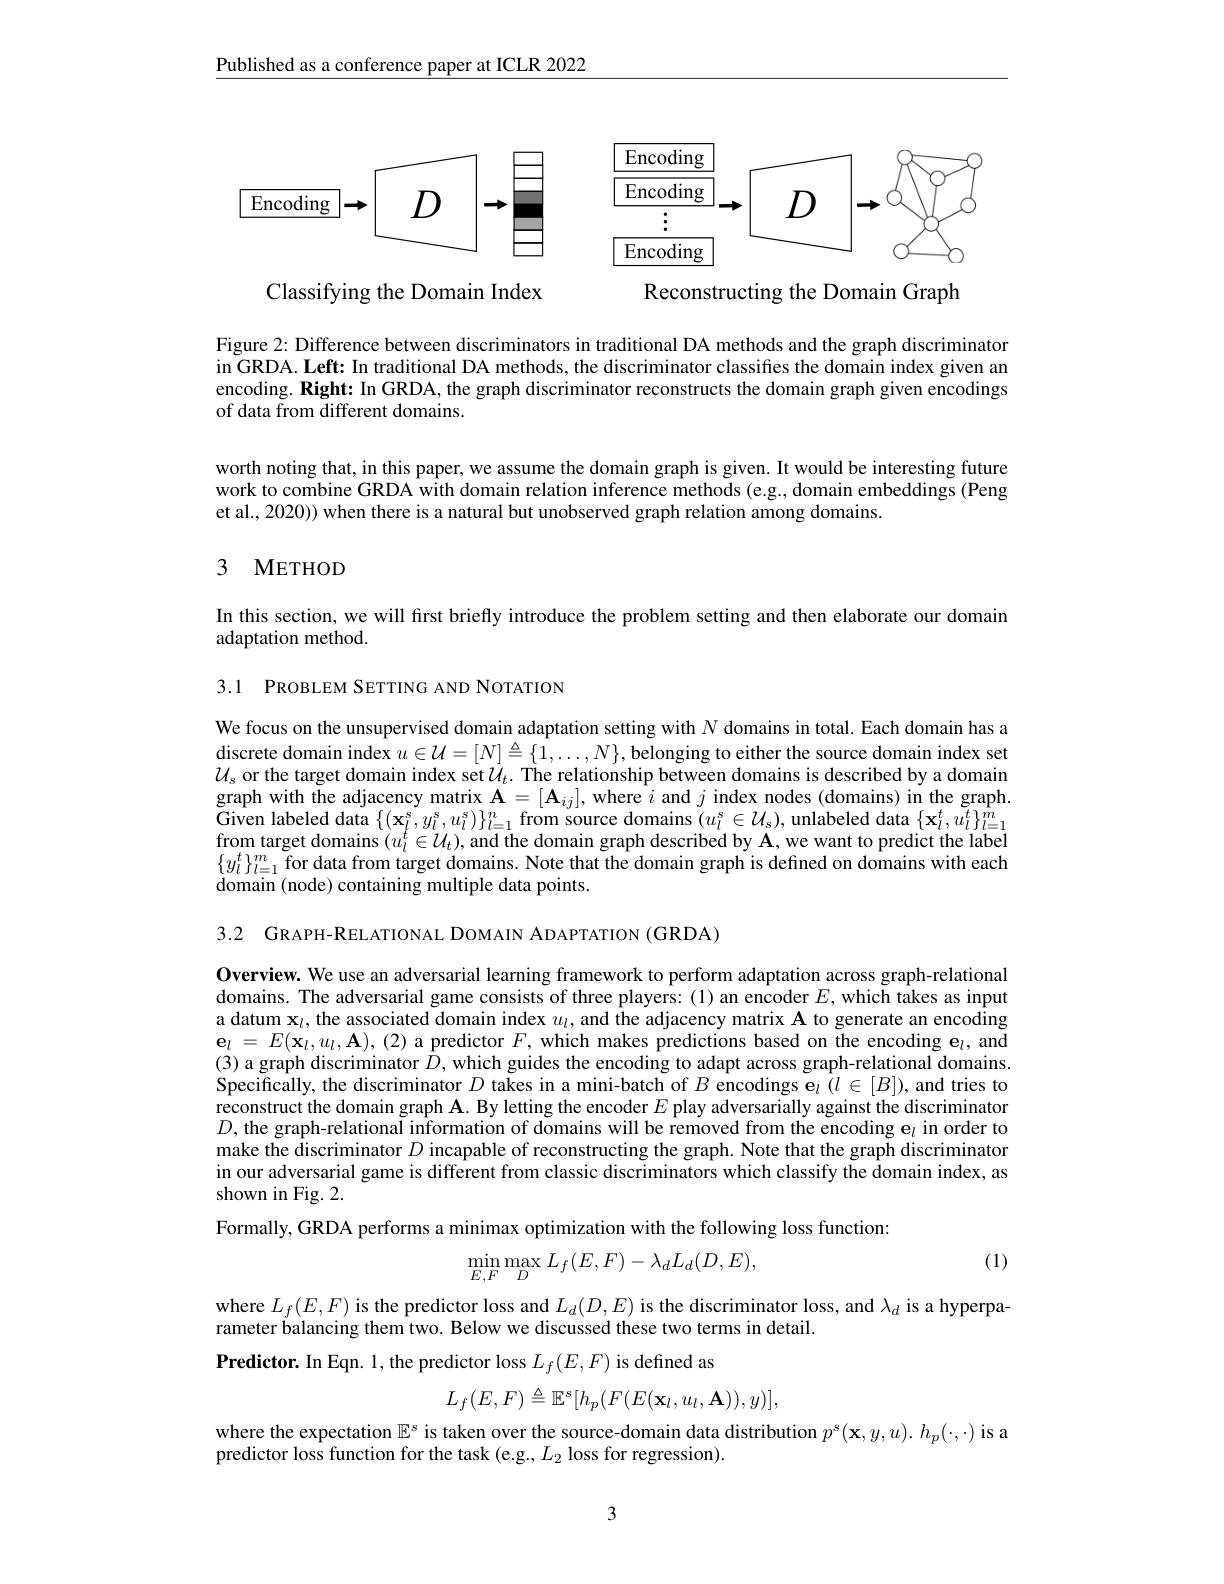
Published as a conference paper at ICLR 2022

<FigureHere>

Classifying the Domain Index

Reconstructing the Domain Graph

Figure 2: Difference between discriminators in traditional DA methods and the graph discriminator in GRDA. Left: In traditional DA methods, the discriminator classifies the domain index given an encoding. Right: In GRDA, the graph discriminator reconstructs the domain graph given encodings of data from $\bar{\text{different domains}}.$

worth noting that, in this paper, we assume the domain graph is given. It would be interesting future work to combine GRDA with domain relation inference methods (e.g., domain embeddings (Peng et al., 2020)) when there is a natural but unobserved graph relation among domains.

### 3 METHOD

In this section, we will first briefly introduce the problem setting and then elaborate our domain
adaptation method.

3.1 PROBLEM SETTING AND NOTATION

We focus on the unsupervised domain adaptation setting with $N$ domains in total. Each domain has a discrete domain index $u\in\mathcal{U}=[N]\triangleq\{1,\ldots,N\}$, belonging to either the source domain index set $\mathcal{U}_s$ or the target domain index set $\mathcal{U}_t.$ The relationship between domains is described by a domain graph with the adjacency matrix $\mathbf{A}=[\mathbf{A}_{ij}]$, where $i$ and $j$ index nodes (domains) in the graph. Given labeled data$\left \{ ( \mathbf{x} _{l}^{s}, y_{l}^{s}, u_{l}^{s}) \right \} _{l= 1}^{n}$from source domains$\left ( u_{l}^{s}\in \mathcal{U} _{s}\right ) $,unlabeled data$\left \{ \mathbf{x} _{l}^{t}, \tilde{u} _{l}^{t}\right \} _{l= 1}^{m}$ from tonot doming$\left ( \omega _{l}^{t}\subset \mathcal{I} \right )$ ond tha doming and dongihad bu A wont tondiot from target domains $(u_l^t\in\mathcal{U}_t)$, and the domain graph described by $\mathbf{A}$,we want to predict the label $\{y_{l}^{t}\}_{l=1}^{m}$ for data from target domains. Note that the domain graph is defined on domains with each domain ( node) containing multiple data points.

3.2 GRAPH-RELATIONAL DOMAIN ADAPTATION (GRDA)

Overview. We use an adversarial learning framework to perform adaptation across graph-relational domains. The adversarial game consists of three players: (1) an encoder $E$,which takes as input a datum $\mathbf{x}_l$, the associated domain index $u_l$, and the adjacency matrix A to generate an encoding $\mathbf{e} _{l}$ = $E( \mathbf{x} _{l}, u_{l}, \mathbf{A} ) $, (2) a predictor $F$, which makes predictions based on the encoding e$\iota$, and (3) a graph discriminator $\bar{D}$, which guides the encoding to adapt across graph-relational domains. Specifically, the discriminator $D$ takes in a mini-batch of $B$ encodings e$_l(l\in[B])$, and tries to reconstruct the domain graph $\mathbf{A}.$ By letting the encoder $E$ play adversarially against the discriminator $D$,the graph-relational information of domains will be removed from the encoding e$_l$ in order to make the discriminator $D$ incapable of reconstructing the graph. Note that the graph discriminator in our adversarial game is different from classic discriminators which classify the domain index, as shown in Fig. 2.

Formally, GRDA performs a minimax optimization with the following loss function:
$$\min\limits_{E,F}\max\limits_{D}L_{f}(E,F)-\lambda_{d}L_{d}(D,E),$$
(1)

where $L_f(E,F)$ is the predictor loss and $L_d(D,E)$ is the discriminator loss, and $\lambda_d$ is a hyperpa-
rameter balancing them two. Below we discussed these two terms in detail.
Predictor. In Eqn. 1, the predictor loss $L_f(E,F)$ is defined as
$$L_{f}(E,F)\triangleq\mathbb{E}^{s}[h_{p}(F(E(\mathbf{x}_{l},u_{l},\mathbf{A})),y)],$$
where the expectation $\mathbb{E}^s$ is taken over the source-domain data distribution $p^\mathrm{s} ( \mathbf{x} , y, u) . h_p( \cdot , \cdot )$ is a
predictor loss function for the task (e.g., $L_2$ loss for regression).

3